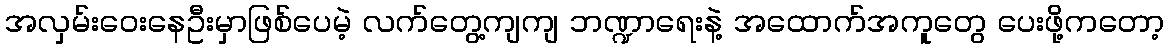
အလှမ်းဝေးနေဦးမှာဖြစ်ပေမဲ့ လက်တွေ့ကျကျ ဘဏ္ဍာရေးနဲ့ အထောက်အကူတွေ ပေးဖို့ကတော့